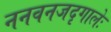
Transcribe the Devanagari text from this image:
ननवनजदृगालेः